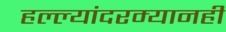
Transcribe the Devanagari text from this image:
हल्ल्यांदरम्यानही